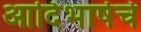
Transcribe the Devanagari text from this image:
आदिभाषेचे